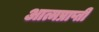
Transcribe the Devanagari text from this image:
आत्मप्राप्ती